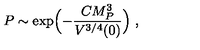
P \sim \exp \Bigl ( - { \frac { C M _ { P } ^ { 3 } } { V ^ { 3 / 4 } ( 0 ) } } \Bigr ) \ ,